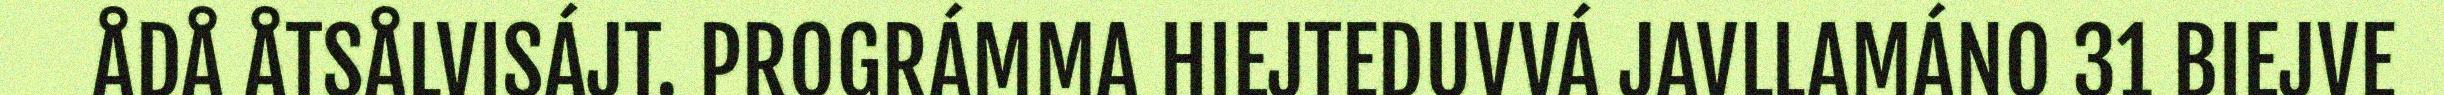
ÅDÅ ÅTSÅLVISÁJT. PROGRÁMMA HIEJTEDUVVÁ JAVLLAMÁNO 31 BIEJVE